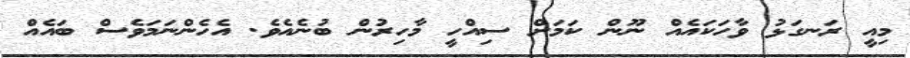
މިއީ ރަނގަޅު ވާހަކައެއް ނޫން ކަމަށް ސިއްހީ މާހިރުން ބުނެއެވެ. އެހެންނަމަވެސް ބައެއް